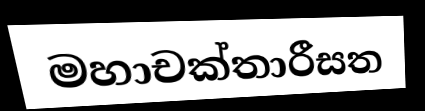
මහාචක්තාරීසත